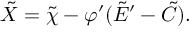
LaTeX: \tilde { X } = \tilde { \chi } - \varphi ^ { \prime } ( \tilde { E } ^ { \prime } - \tilde { C } ) .